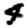
Digit: 4